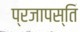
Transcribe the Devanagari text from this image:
प्रजापस्ति